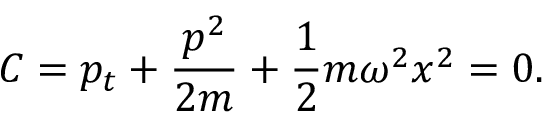
C = p _ { t } + { \frac { p ^ { 2 } } { 2 m } } + { \frac { 1 } { 2 } } m \omega ^ { 2 } x ^ { 2 } = 0 .